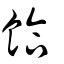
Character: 餄